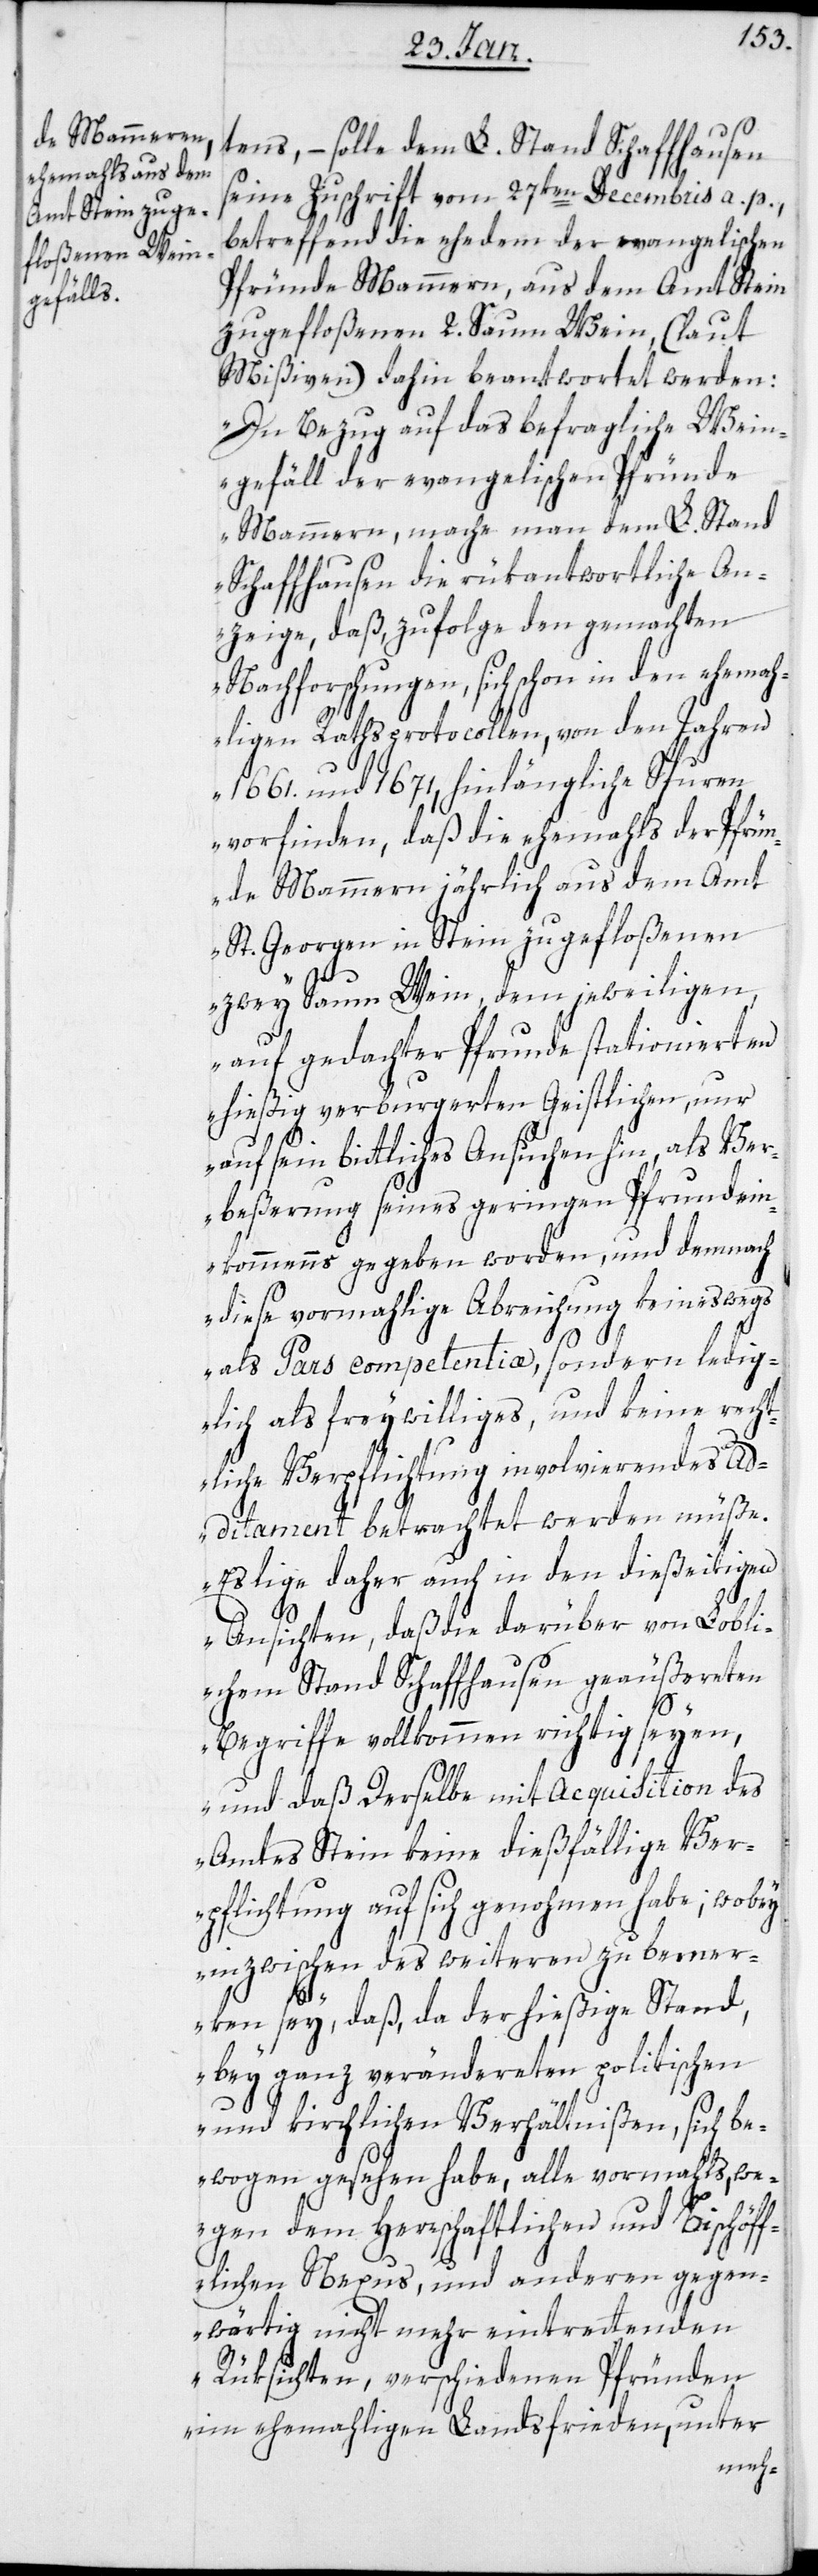
tens, – solle dem L. Stand Schaffhausen
seine Zuschrift vom 27sten Decembris a. p.
betreffend die ehedem der evangelischen
Pfründe Mammern, aus dem Amt Stein
zugefloßenen 2. Saum Wein (laut
Mißiven) dahin beantwortet werden:
„In Bezug auf das befragliche Wein¬
gefäll der evangelischen Pfründe
Mammern, mache man dem L. Stand
Schaffhausen die rükantwortliche An¬
zeige, daß, zufolge den gemachten
Nachforschungen, sich schon in den ehemah¬
ligen Rathsprotocollen, von den Jahren
1661. und 1671, hinlängliche Spuren
vorfinden, daß die ehemahls der Pfrün¬
de Mammern jährlich aus dem Amt
St. Georgen in Stein zugefloßenen
zwey Saum Wein, dem jeweiligen,
auf gedachter Pfrunde stationierten
hießig verburgerten Geistlichen, nur
auf sein bittliches Ansuchen hin, als Ver¬
beßerung seines geringen Pfrundein¬
kommens gegeben worden, und demnach
diese vormahlige Abreichung keineswegs
als Pars competentiæ, sondern ledig¬
lich als freywilliges, und keine recht¬
liche Verpflichtung involvierendes A¬
dditament betrachtet werden müße.
Es lige daher auch in den dießeitigen
Ansichten, daß die darüber von Lobli¬
chem Stand Schaffhausen geäußerten
Begriffe vollkommen richtig seyen,
und daß Derselbe mit Acquisition des
Amtes Stein keine dießfällige Ver¬
pflichtung auf sich genohmen habe; wobey
inzwischen des weiteren zu bemer¬
ken sey, daß, da der hießige Stand,
bey ganz veränderten politischen
und kirchlichen Verhältnißen, sich be¬
wogen gesehen habe, alle vormahls, we¬
gen dem herrschaftlichen und Bischöff¬
lichen Nexus, und anderen gegen¬
wärtig nicht mehr eintrettenden
Rüksichten, verschiedenen Pfründen
im ehemahligen Landsfrieden, unter